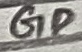
Text: GD